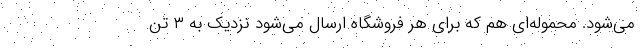
می‌شود. محموله‌ای هم که برای هر فروشگاه ارسال می‌شود نزدیک به ۳ تن